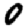
Digit: 0